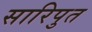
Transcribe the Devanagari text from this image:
सारिपुत